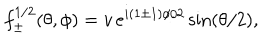
LaTeX: f _ { \pm } ^ { 1 / 2 } ( \theta , \phi ) = v \, e ^ { i ( 1 \pm 1 ) \phi / 2 } \sin ( \theta / 2 ) ,